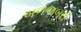
બળજબરી